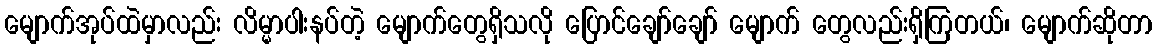
မျောက်အုပ်ထဲမှာလည်း လိမ္မာပါးနပ်တဲ့ မျောက်တွေရှိသလို ပြောင်ချော်ချော် မျောက် တွေလည်းရှိကြတယ်၊ မျောက်ဆိုတာ